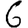
Digit: 6